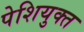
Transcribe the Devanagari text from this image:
पेशियुक्त